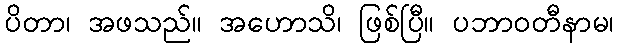
ပိတာ၊ အဖသည်။ အဟောသိ၊ ဖြစ်ပြီ။ ပဘာဝတီနာမ၊